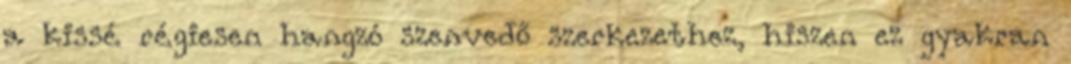
a kissé régiesen hangzó szenvedő szerkezethez, hiszen ez gyakran